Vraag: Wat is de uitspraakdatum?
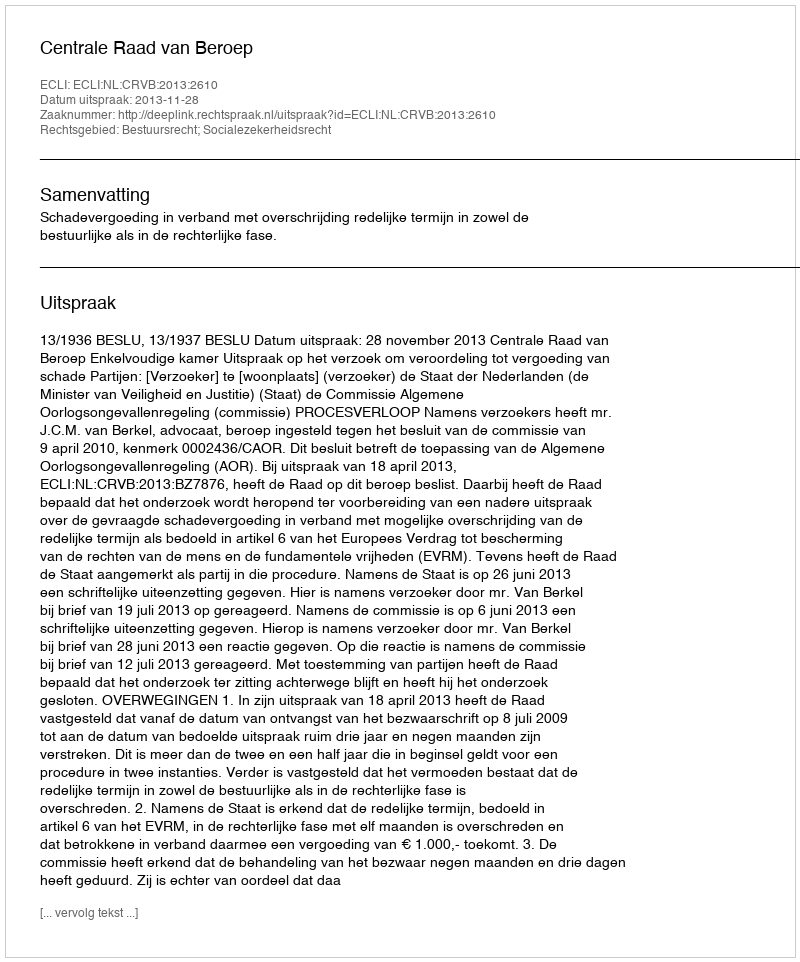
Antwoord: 2013-11-28